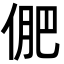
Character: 俷